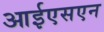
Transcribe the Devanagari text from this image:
आईएसएन